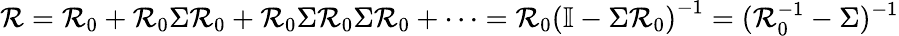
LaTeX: \mathcal{R}=\mathcal{R}_{0}+\mathcal{R}_{0}\Sigma\mathcal{R}_{0}+\mathcal{R}_{0}\Sigma\mathcal{R}_{0}\Sigma\mathcal{R}_{0}+\dots=\mathcal{R}_{0}\left(\mathbb{{I}}-\Sigma\mathcal{R}_{0}\right)^{-1}=(\mathcal{R}_{0}^{-1}-\Sigma)^{-1}